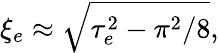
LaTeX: \xi_{e}\approx\sqrt{\tau_{e}^{2}-\pi^{2}/8},